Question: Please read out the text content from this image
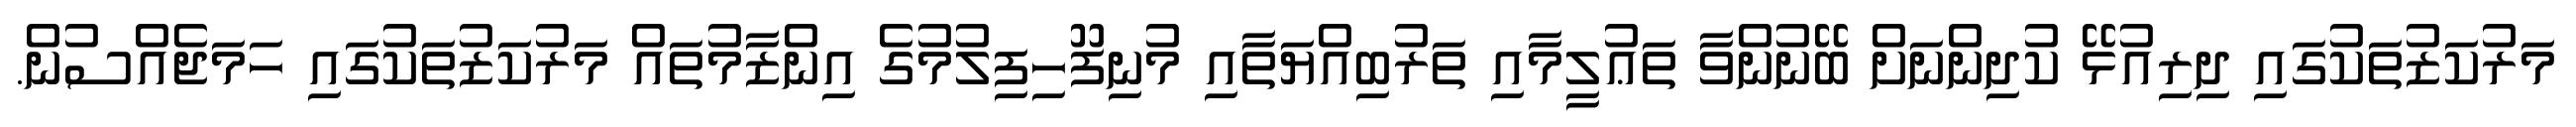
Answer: މަރުކަޒުތަކުގައި ދިރިއުޅޭ ކުދިންނަށް ބޭނުންވާ ތަޢުލީމާއި ތަރުބިއްޔަތާއި މުނިފޫހިފިލުމުގެ އިންޒާމުތައް މަރުކަޒުތަކުގައި ހަމަޖެއްސުން.